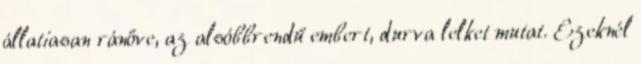
állatiasan ránőve, az alsóbbrendű embert, durva lelket mutat. Ezeknél